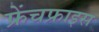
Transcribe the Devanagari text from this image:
फ्रेंचफ्राइस